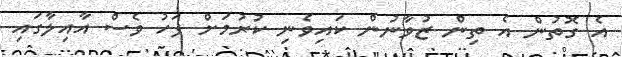
އެ ގޮތުން އެ ތިން ޒުވާނުން ކައިވެނި ކުރުމަށް ފަހު ވެސް އާއިލާގައި